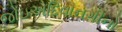
જોઇએદિવાનગીનો